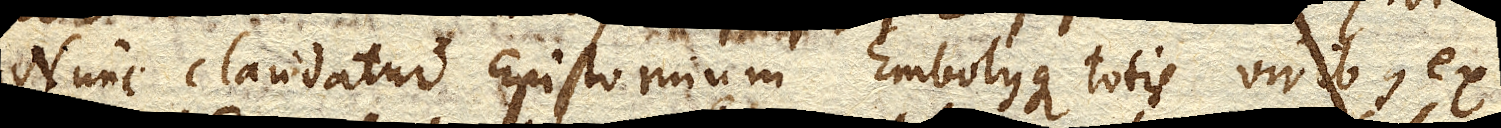
Nunc claudatur Epistomium Embolusque totis viribus, ex